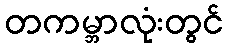
တကမ္ဘာလုံးတွင်